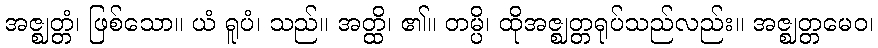
အဇ္ဈတ္တံ၊ ဖြစ်သော။ ယံ ရူပံ၊ သည်။ အတ္ထိ၊ ၏။ တမ္ပိ၊ ထိုအဇ္ဈတ္တရုပ်သည်လည်း။ အဇ္ဈတ္တမေဝ၊